Plague in India, 1896, 1897 - Volume 3
Year: 1896
Disease focus: Plague
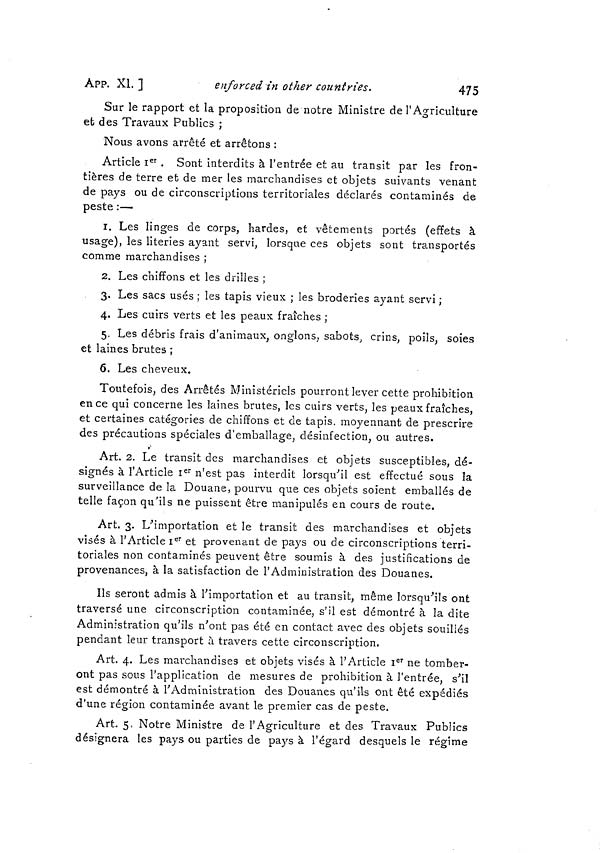
APP. XI. ]
enforced in other countries.
475
Sur le rapport et la proposition de notre Ministre de l'Agriculture
et des Travaux Publics ;
Nous avons arrêté et arrêtons :
Article I er . Sont interdits à l'entrée et au transit par les fron-
tières de terre et de mer les marchandises et objets suivants venant
de pays ou de circonscriptions territoriales déclarés contaminés de
peste :—
1. Les linges de corps, hardes, et vêtements portés (effets à
usage), les literies ayant servi, lorsque ces objets sont transportés
comme marchandises ;
2. Les chiffons et les drilles ;
3. Les sacs usés ; les tapis vieux ; les broderies ayant servi ;
4. Les cuirs verts et les peaux fraîches ;
5. Les débris frais d'animaux, onglons, sabots, crins, poils, soies
et laines brutes ;
6. Les cheveux.
Toutefois, des Arrêtés Ministériels pourront lever cette prohibition
en ce qui concerne les laines brutes, les cuirs verts, les peaux fraîches,
et certaines catégories de chiffons et de tapis moyennant de prescrire
des précautions spéciales d'emballage, désinfection, ou autres.
Art. 2. Le transit des marchandises et objets susceptibles, dé-
signés à l'Article I er n'est pas interdit lorsqu'il est effectué sous la
surveillance de la Douane, pourvu que ces objets soient emballés de
telle façon qu'ils ne puissent être manipulés en cours de route.
Art. 3. L'importation et le transit des marchandises et objets
visés à l'Article I er et provenant de pays ou de circonscriptions terri-
toriales non contaminés peuvent être soumis à des justifications de
provenances, à la satisfaction de l'Administration des Douanes.
Ils seront admis à l'importation et au transit, même lorsqu'ils ont
traversé une circonscription contaminée, s'il est démontré à la dite
Administration qu'ils n'ont pas été en contact avec des objets souillés
pendant leur transport à travers cette circonscription.
Art. 4. Les marchandises et objets visés à l'Article I er ne tomber-
ont pas sous l'application de mesures de prohibition à l'entrée, s'il
est démontré à l'Administration des Douanes qu'ils ont été expédiés
d'une région contaminée avant le premier cas de peste.
Art. 5, Notre Ministre de l'Agriculture et des Travaux Publics
désignera les pays ou parties de pays à l'égard desquels le régime